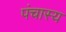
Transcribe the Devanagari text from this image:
पंचास्य